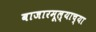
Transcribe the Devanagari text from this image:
बाजारमूल्याच्या